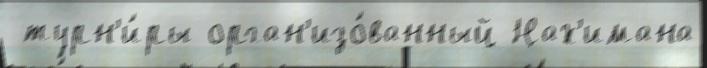
 турн'и́ры орган'изо́ванный Нах'имана